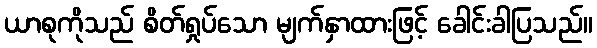
ယာစုကိုသည် စိတ်ရှုပ်သော မျက်နှာထားဖြင့် ခေါင်းခါပြသည်။